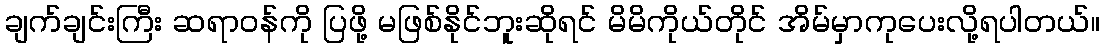
ချက်ချင်းကြီး ဆရာဝန်ကို ပြဖို့ မဖြစ်နိုင်ဘူးဆိုရင် မိမိကိုယ်တိုင် အိမ်မှာကုပေးလို့ရပါတယ်။